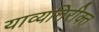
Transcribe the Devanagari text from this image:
याव्यतिरीक्त